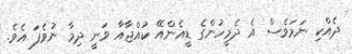
ދެއްކި ނަމަވެސް އެ ދެމީހުންގެ ޑީއެންއޭ ކުއްޖާއާ ވަނީ ދިމާ ނުވެފަ އެވެ.